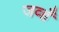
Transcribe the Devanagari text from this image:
जव्हँ